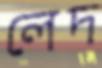
লেদ